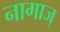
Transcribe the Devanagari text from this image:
नागाज्